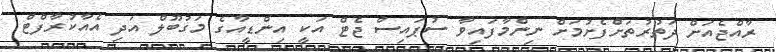
ރާއްޖެއަށް ދަތުރުތަށްފެށުމަށް ނިންމާފައިވާ ސުޕައިސް ޖެޓް އަކީ އިންޑީއާގެ މަގުބޫލް އަދި އެއާކުރާފްޓް